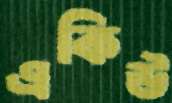
একিউ